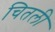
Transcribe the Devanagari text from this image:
चितली